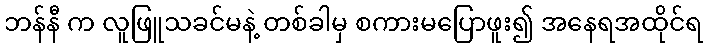
ဘန်နီ က လူဖြူသခင်မနဲ့ တစ်ခါမှ စကားမပြောဖူး၍ အနေရအထိုင်ရ